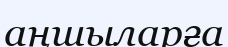
аңшыларға